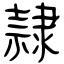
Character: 隷